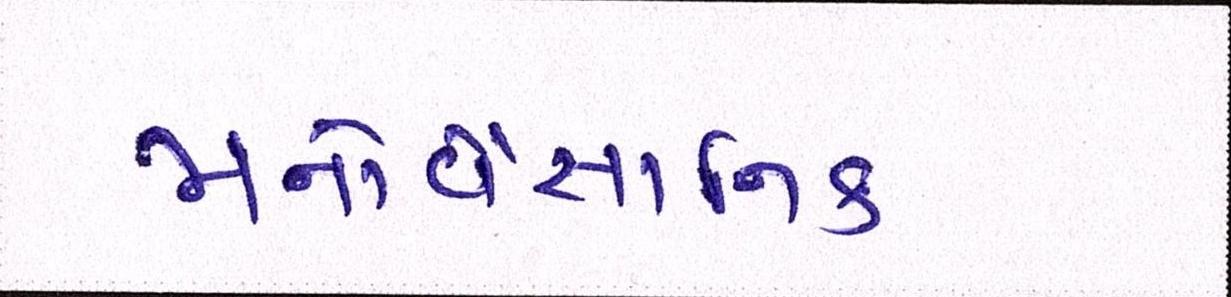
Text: મનોવૈજ્ઞાાનિક